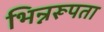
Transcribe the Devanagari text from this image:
भिन्नरूपता